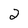
Character: 2